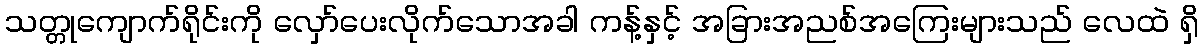
သတ္တုကျောက်ရိုင်းကို လှော်ပေးလိုက်သောအခါ ကန့်နှင့် အခြားအညစ်အကြေးများသည် လေထဲ ရှိ